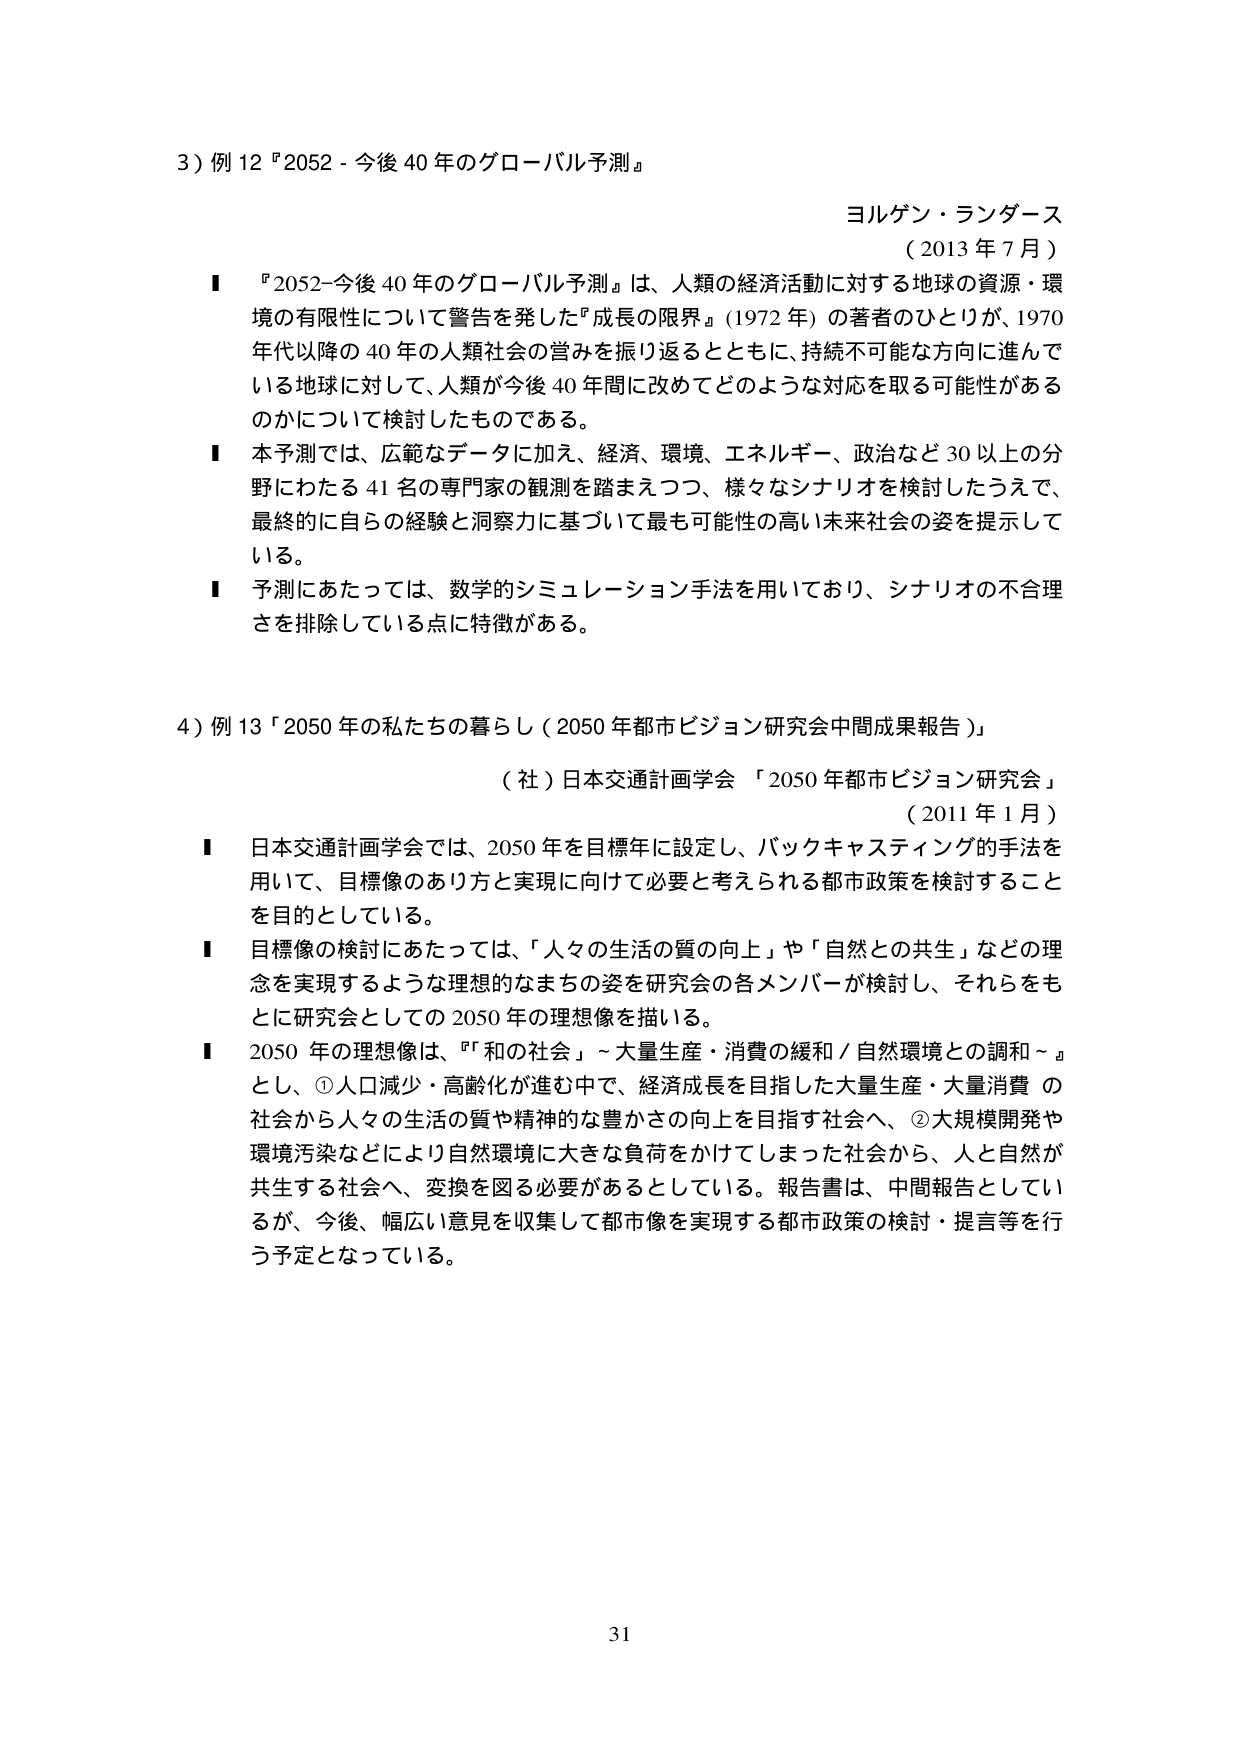
3）例12『2052 - 今後40年のグローバル予測』

ヨルゲン・ランダース
（2013年7月）

■ 『2052-今後40年のグローバル予測』は、人類の経済活動に対する地球の資源・環境の有限性について警告を発した『成長の限界』（1972年）の著者のひとりが、1970年代以降の40年の人類社会の営みを振り返るとともに、持続不可能な方向に進んでいる地球に対して、人類が今後40年間に改めてどのような対応を取る可能性があるのかについて検討したものである。

■ 本予測では、広範なデータに加え、経済、環境、エネルギー、政治など30以上の分野にわたる41名の専門家の観測を踏まえつつ、様々なシナリオを検討したうえで、最終的に自らの経験と洞察力に基づいて最も可能性の高い未来社会の姿を提示している。

■ 予測にあたっては、数学的シミュレーション手法を用いており、シナリオの不合理さを排除している点に特徴がある。

4）例13「2050年の私たちの暮らし（2050年都市ビジョン研究会中間成果報告）」

（社）日本交通計画学会 「2050年都市ビジョン研究会」
（2011年1月）

■ 日本交通計画学会では、2050年を目標年に設定し、バックキャスティングの手法を用いて、目標像のあり方と実現に向けて必要と考えられる都市政策を検討することを目的としている。

■ 目標像の検討にあたっては、「人々の生活の質の向上」や「自然との共生」などの理念を実現するような理想的なまちの姿を研究会の各メンバーが検討し、それらをもとに研究会としての2050年の理想像を描いている。

■ 2050年の理想像は、『「和の社会」～大量生産・消費の緩和／自然環境との調和～』とし、①人口減少・高齢化が進む中で、経済成長を目指した大量生産・大量消費の社会から人々の生活の質や精神的な豊かさの向上を目指す社会へ、②大規模開発や環境汚染などにより自然環境に大きな負荷をかけてしまった社会から、人と自然が共生する社会へ、変換を図る必要があるとしている。報告書は、中間報告としているが、今後、幅広い意見を収集して都市像を実現する都市政策の検討・提言等を行う予定となっている。

31